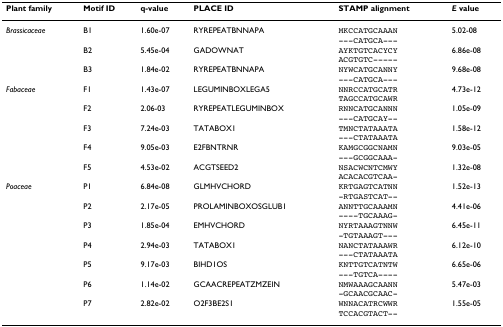
<table><thead><tr><td><b>Plant family</b></td><td><b>Motif ID</b></td><td><b>q-value</b></td><td><b>PLACE ID</b></td><td><b>STAMP alignment</b></td><td><b><i>E </i>value</b></td></tr></thead><tbody><tr><td><i>Brassicaceae</i></td><td>B1</td><td>1.60e-07</td><td>RYREPEATBNNAPA</td><td>MKCCATGCAAAN---CATGCA---</td><td>5.02-08</td></tr><tr><td></td><td>B2</td><td>5.45e-04</td><td>GADOWNAT</td><td>AYKTGTCACYCYACGTGTC-----</td><td>6.86e-08</td></tr><tr><td></td><td>B3</td><td>1.84e-02</td><td>RYREPEATBNNAPA</td><td>NYWCATGCANNY---CATGCA---</td><td>9.68e-08</td></tr><tr><td><i>Fabaceae</i></td><td>F1</td><td>1.43e-07</td><td>LEGUMINBOXLEGA5</td><td>NNRCCATGCATRTAGCCATGCAWR</td><td>4.73e-12</td></tr><tr><td></td><td>F2</td><td>2.06-03</td><td>RYREPEATLEGUMINBOX</td><td>RNNCATGCANNN---CATGCAY--</td><td>1.05e-09</td></tr><tr><td></td><td>F3</td><td>7.24e-03</td><td>TATABOX1</td><td>TMNCTATAAATA---CTATAAATA</td><td>1.58e-12</td></tr><tr><td></td><td>F4</td><td>9.05e-03</td><td>E2FBNTRNR</td><td>KAMGCGGCNAMN---GCGGCAAA-</td><td>9.03e-05</td></tr><tr><td></td><td>F5</td><td>4.53e-02</td><td>ACGTSEED2</td><td>NSACWCNTCMWYACACACGTCAA-</td><td>1.32e-08</td></tr><tr><td><i>Poaceae</i></td><td>P1</td><td>6.84e-08</td><td>GLMHVCHORD</td><td>KRTGAGTCATNN-RTGASTCAT--</td><td>1.52e-13</td></tr><tr><td></td><td>P2</td><td>2.17e-05</td><td>PROLAMINBOXOSGLUB1</td><td>ANNTTGCAAAMN----TGCAAAG-</td><td>4.41e-06</td></tr><tr><td></td><td>P3</td><td>1.85e-04</td><td>EMHVCHORD</td><td>NYRTAAAGTNNW-TGTAAAGT---</td><td>6.45e-11</td></tr><tr><td></td><td>P4</td><td>2.94e-03</td><td>TATABOX1</td><td>NANCTATAAAWR---CTATAAATA</td><td>6.12e-10</td></tr><tr><td></td><td>P5</td><td>9.17e-03</td><td>BIHD1OS</td><td>KNTTGTCATNTW---TGTCA----</td><td>6.65e-06</td></tr><tr><td></td><td>P6</td><td>1.14e-02</td><td>GCAACREPEATZMZEIN</td><td>NMWAAAGCAANN-GCAACGCAAC-</td><td>5.47e-03</td></tr><tr><td></td><td>P7</td><td>2.82e-02</td><td>O2F3BE2S1</td><td>WNNACATRCWWRTCCACGTACT--</td><td>1.55e-05</td></tr></tbody></table>